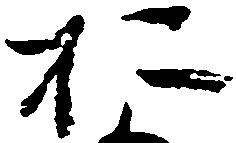
於